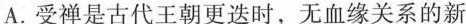
A.受禅是古代王朝更迭时，无血缘关系的新